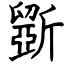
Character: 斵